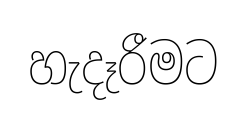
හැදෑරීමට